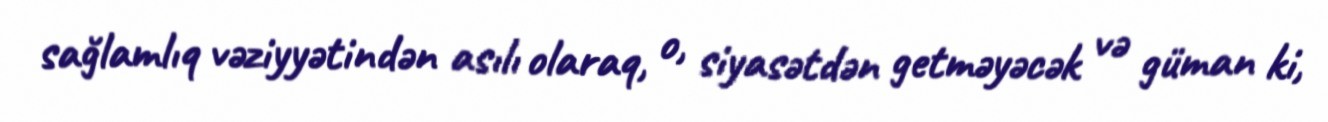
sağlamlıq vəziyyətindən asılı olaraq, o, siyasətdən getməyəcək və güman ki,